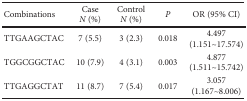
| Combinations | Case N (%) | Control N (%) | P | OR (95% CI) |
 | --- | --- | --- | --- | --- |
 | TTGAAGCTAC | 7 (5.5) | 3 (2.3) | 0.018 | 4.497 (1.151~17.574) |
 | TGGCGGCTAC | 10 (7.9) | 4 (3.1) | 0.003 | 4.877 (1.511~15.742) |
 | TTGAGGCTAT | 11 (8.7) | 7 (5.4) | 0.017 | 3.057 (1.167~8.006) |